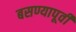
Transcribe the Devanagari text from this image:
बसण्यापूर्वी